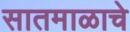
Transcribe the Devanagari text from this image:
सातमाळाचे